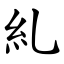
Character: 糺